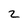
Character: 2